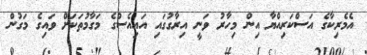
އެމެރިކާގެ އަސްކަރިއްޔާ އިން މިހާރު ވަނީ އިރާގުގައި އައިއެސްގެ މަގާމުތަކަށް ވައިގެ މަގުން